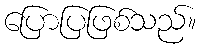
ပြောပြဖြစ်သည်။